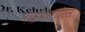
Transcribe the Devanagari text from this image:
पाईथागोरस